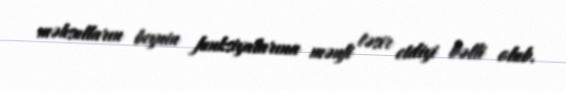
məhsulların beynin funksiyalarına mənfi təsir etdiyi bəlli olub.